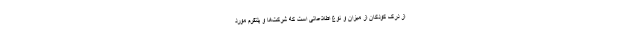
از درک کودکان از میزان و نوع اطلاعاتی است که شرکت‌ها و پلتفرم مورد